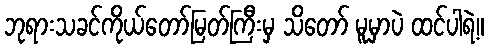
ဘုရားသခင်ကိုယ်တော်မြတ်ကြီးမှ သိတော် မူမှာပဲ ထင်ပါရဲ့။